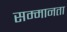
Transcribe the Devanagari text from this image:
सम्मानता